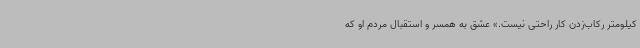
کیلومتر رکاب‌زدن کار راحتی نیست.» عشق به همسر و استقبال مردم او که